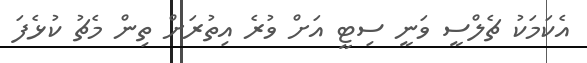
އެކަމަކު ޗެލްސީ ވަނީ ސިޓީ އަށް ވުރެ އިތުރަށް ތިން މެޗު ކުޅެފަ